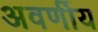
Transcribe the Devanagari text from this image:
अवर्णीय